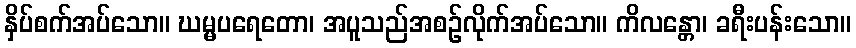
နှိပ်စက်အပ်သော။ ဃမ္မပရေတော၊ အပူသည်အစဉ်လိုက်အပ်သော။ ကိလန္တော၊ ခရီးပန်းသော။